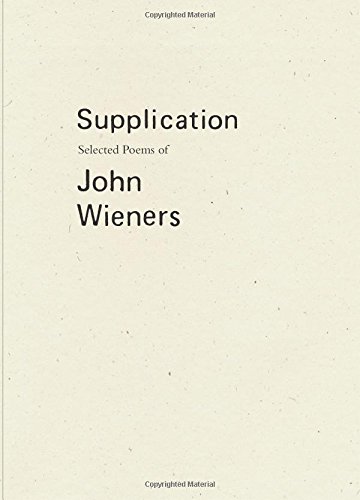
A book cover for Supplication: Selected Poems of John Wieners; John Wieners; Literature & Fiction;